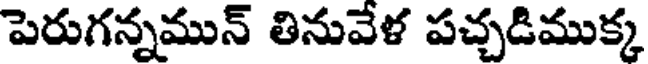
పెరుగన్నమున్ తినువేళ పచ్చడిముక్క